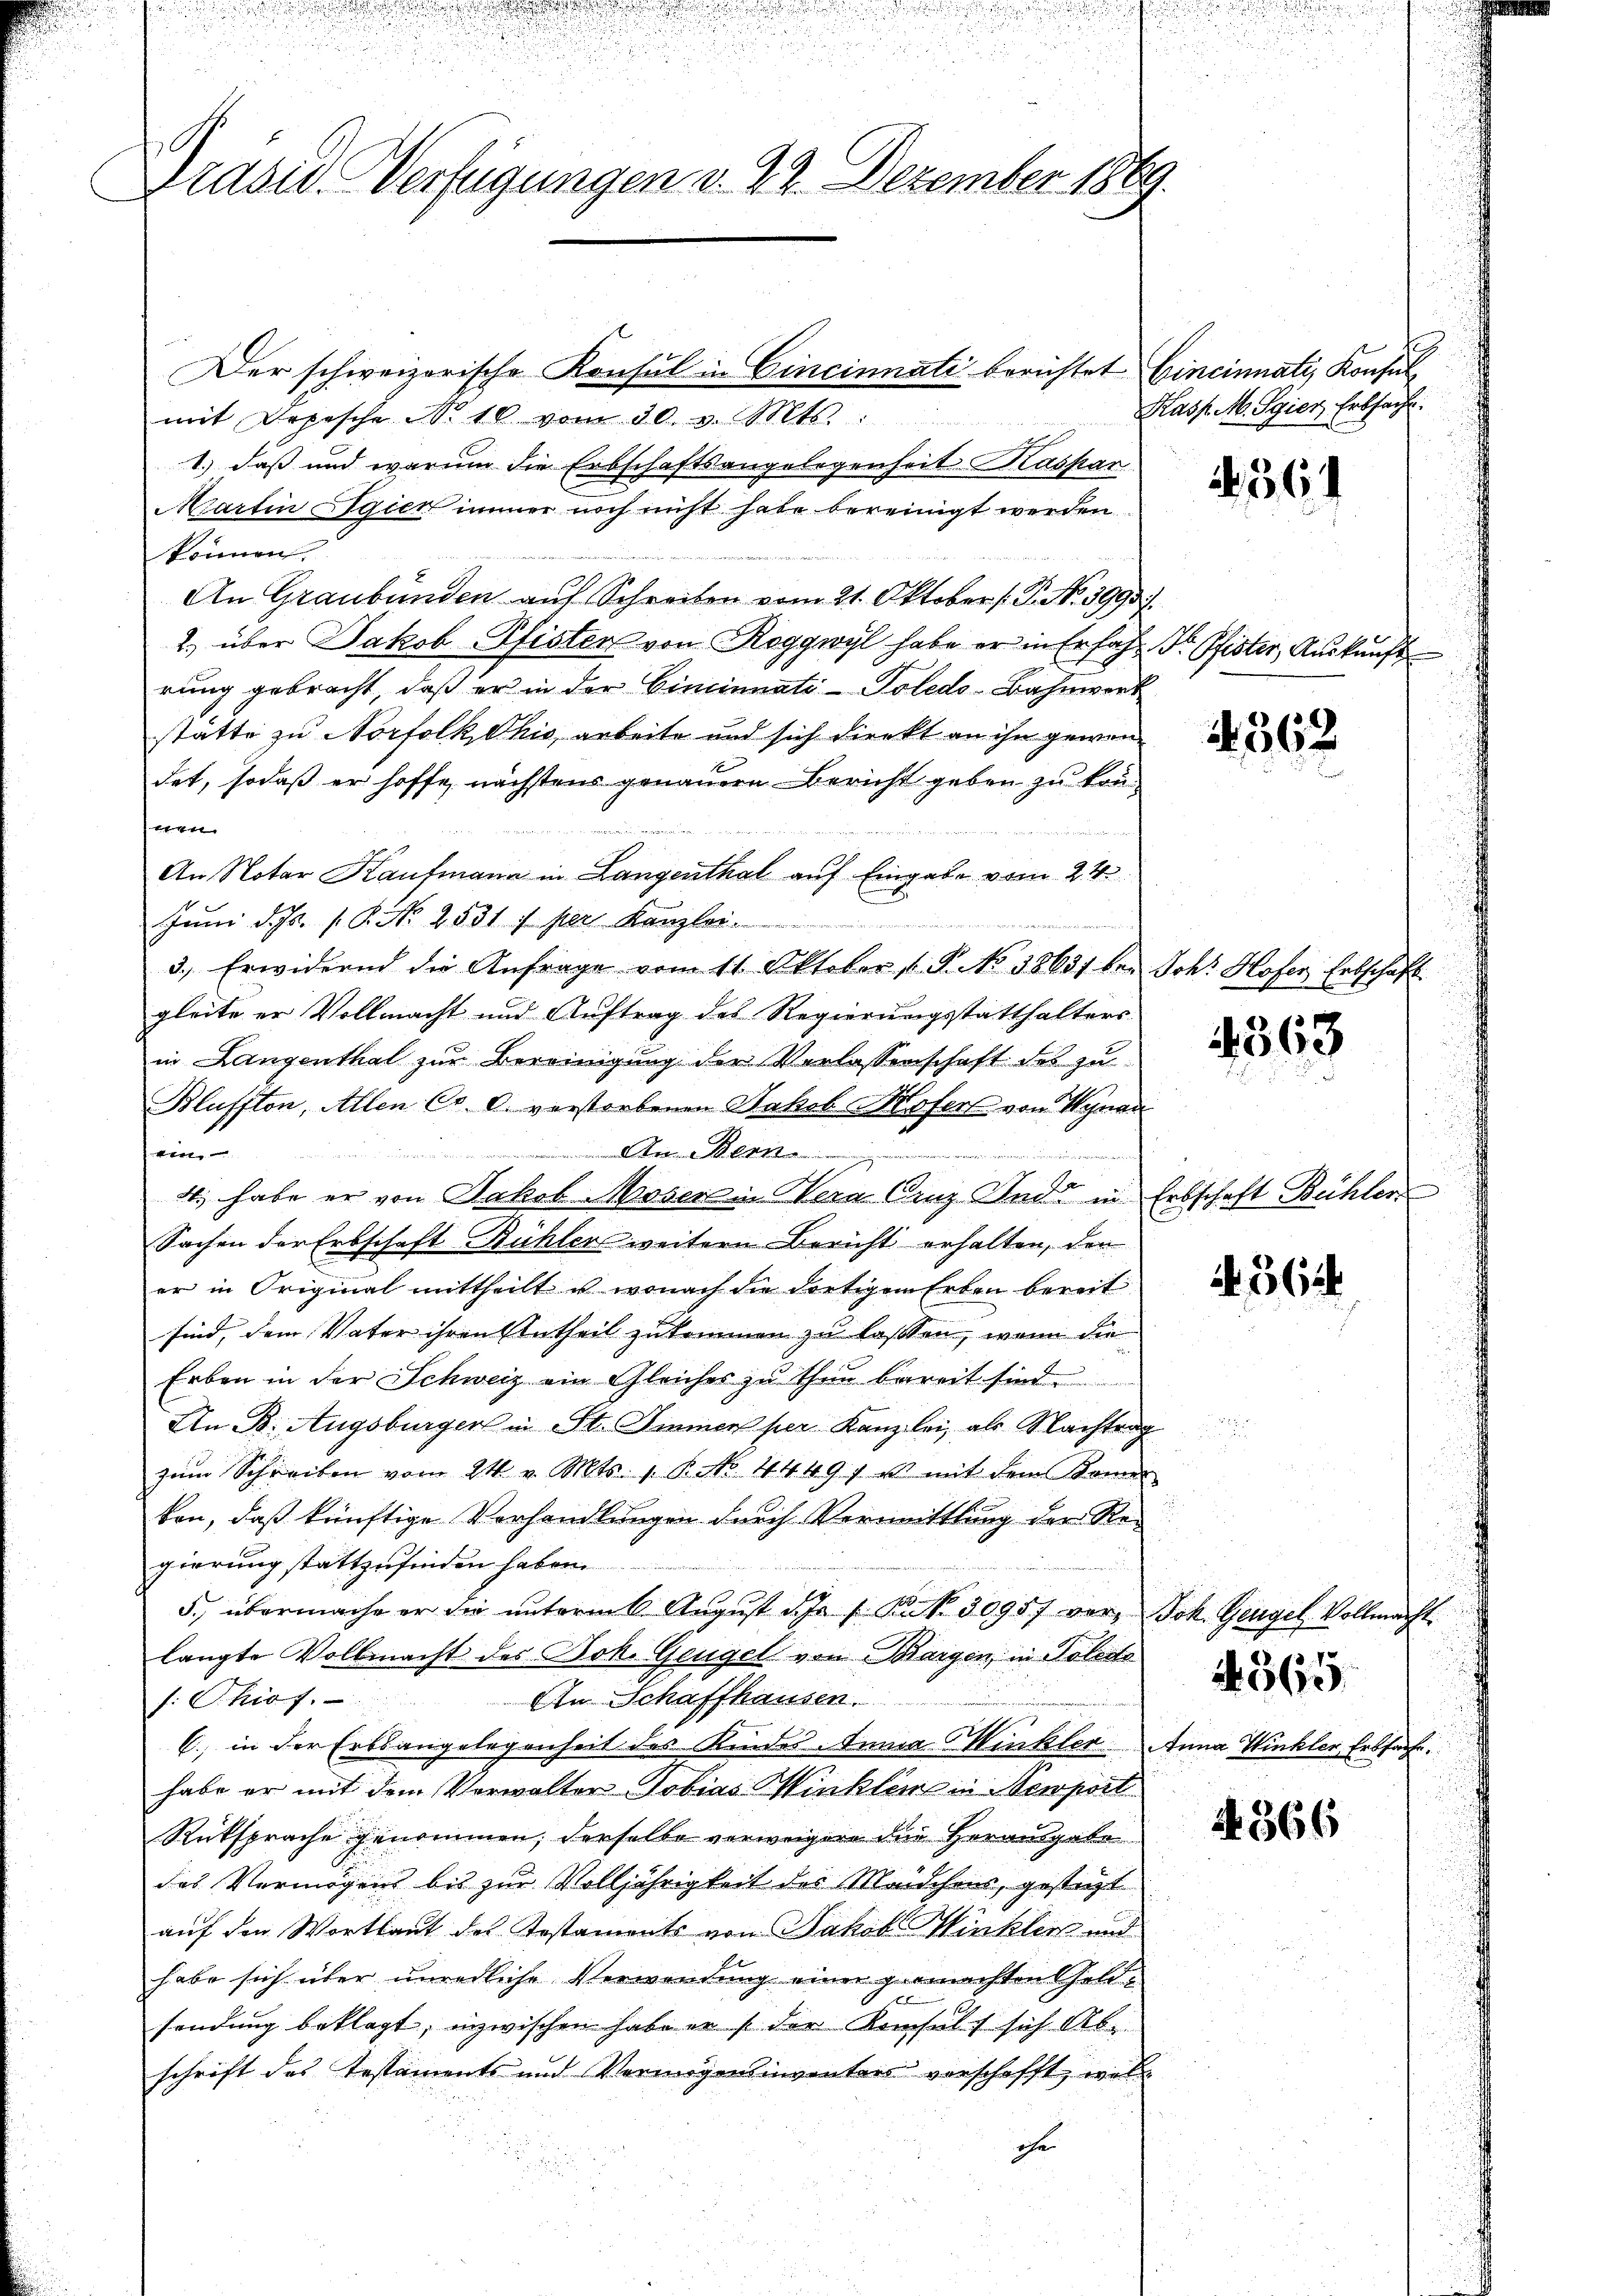
Präsid. Verfügungen v. 22. Dezember 1869.

Der schweizerische Konsul in Cincinnati berichtet hineinnati, Konsul
mit Depesche Nr. 10 vom 30. v. Mts.
1.) daß und warum die Erbschaftsangelegenheit Kaspar
Martin gien immer noch nicht habe bereinigt werden
können.
An Graubünden auf Schreiben vom 21. Oktober /: P. No 3993
2) über Jakob Pfisters von Roggwyl habe er in Erfahr. Dr. Pfister, Auskunft
rung gebracht, daß er in der Einsinuati- Poledo-Bahnwert
statte zu Norfolk Ohio, arbeite und sich direkt an ihn gewenf
det, sodaß er hoffe, nächstens genauern Bericht geben zu konten
e
An Notar Kaufmann in Langenthal auf Eingabe vom 24.
Juni d. Js. s. B. No 2531 f per Kanzlei.
3.) Erwidernd die Anfrage vom 11. Oktober 1. P. No 38631 bei Joh. Hofer Erbschaft
gleite er Vollmacht und Auftrag des Regierungsstatthalters
in Langenthal zur Bereinigung der Verlassenschaft des zu
Bluffton, Allen C. c. verstorbenen Jakob Kofen von Kynan
ein
.
e
4., habe er von Jakob Moser in Vera linz Indi in Erbschaft Bühler
Sachen der Erbschaft Bühlers weitern Bericht erhalten, den
er in Original mittheilt u. wonach die dortigen Erben bereit
sind, dem Vater ihren Antheil zukommen zu lassen, wenn die
Erben in der Schweiz ein Gleiches zu thun bereit sind.
An B. Augsburger in St. Immer per Kanzlei, als Nachtrag
zŭm Schreiben von 24 v. Mts. 1. P. Nr. 44497 u. mit dem Komen
ken, daß künftige Verhandlungen durch Vermittlung der Rei
gierung stattzufinden haben.
5. übermache er die unterm 6. Aŭgŭst d. J. P. Nr. 30957 vor, Joh. Gengel Vollmacht.
langte Vollmacht des Bok. Gengel von Margen, in Poledo
An Schaffhausen.
s: Phiof.
6) in der Erbsangelegenheit des Kindes Annia Winkler Anna Winkler Erbsache.
habe er mit dem Verwalter Tobias Winkler in Menpol
Rüksprache genommen, derselbe verweigere die Herausgabe
das Vermögens bis zur Volljährigkeit des Mädchens, gesteht
auf den Wortlaut des Testaments von Jakob Wirklins und
habe sich über unredliche Verwendung einer gemachten Geldsendung beklagt, inzwischen habe er s der Konsuls sich Ab-
schrift des Testaments und Vermögensinventars verschafft, woll
che

Kasp. M. Sgier Erbsache

364

362

4363

. 361

365

366